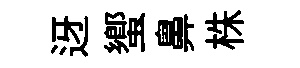
迓蠁鼻株